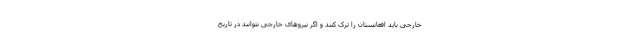
خارجی باید افغانستان را ترک کنند و اگر نیروهای خارجی نتوانند در تاریخ